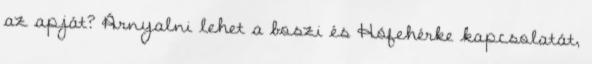
az apját? Árnyalni lehet a boszi és Hófehérke kapcsolatát,